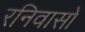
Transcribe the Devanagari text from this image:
रनिवासों